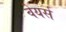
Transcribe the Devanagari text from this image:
वेयर्स